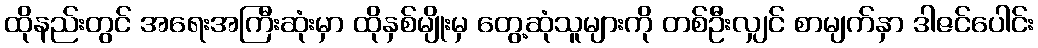
ထိုနည်းတွင် အရေးအကြီးဆုံးမှာ ထိုနှစ်မျိုးမှ တွေ့ဆုံသူများကို တစ်ဦးလျှင် စာမျက်နှာ ဒါဇင်ပေါင်း